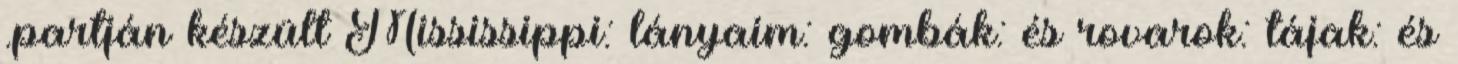
.partján készült Mississippi: lányaim: gombák: és rovarok: tájak: és